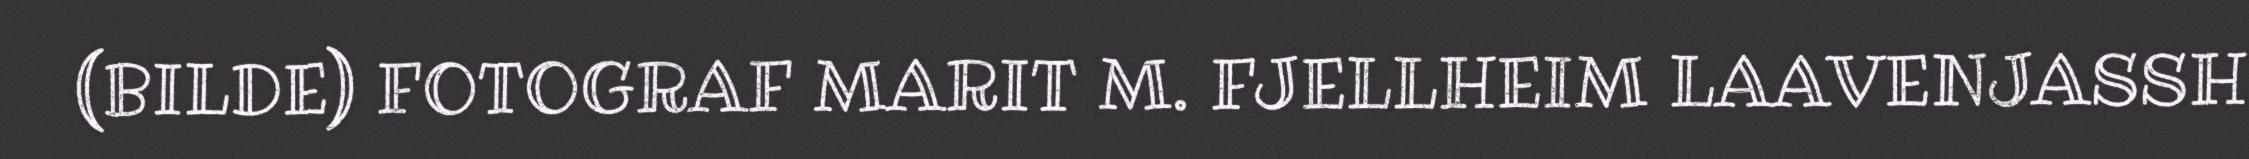
(BILDE) FOTOGRAF MARIT M. FJELLHEIM LAAVENJASSH